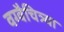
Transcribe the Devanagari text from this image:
वग्वैचित्र्या